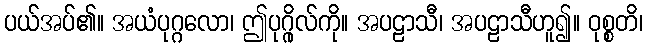
ပယ်အပ်၏။ အယံပုဂ္ဂလော၊ ဤပုဂ္ဂိုလ်ကို။ အပဠာသီ၊ အပဠာသီဟူ၍။ ဝုစ္စတိ၊